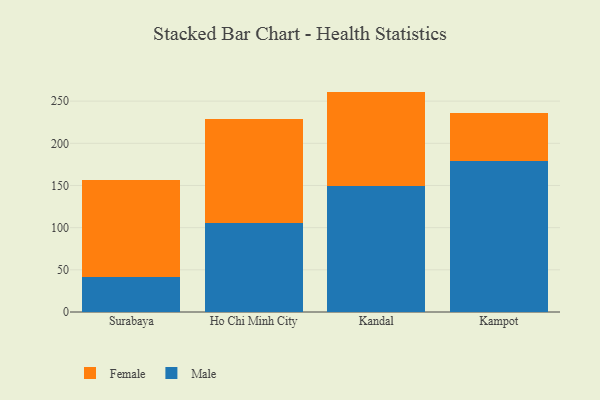
{"axis": {"x": "City", "y": "Churn Rate (%)"}, "legend": ["Female", "Male"], "data": [{"x": "Surabaya", "y": 42.0, "type": "Male"}, {"x": "Surabaya", "y": 114.1, "type": "Female"}, {"x": "Ho Chi Minh City", "y": 105.8, "type": "Male"}, {"x": "Ho Chi Minh City", "y": 123.4, "type": "Female"}, {"x": "Kandal", "y": 149.8, "type": "Male"}, {"x": "Kandal", "y": 111.5, "type": "Female"}, {"x": "Kampot", "y": 179.0, "type": "Male"}, {"x": "Kampot", "y": 56.8, "type": "Female"}]}